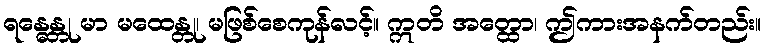
ရန္ဓေန္တု မာ မထေန္တု၊ မဖြစ်စေကုန်လင့်။ ဣတိ အတ္ထော၊ ဤကားအနက်တည်း။